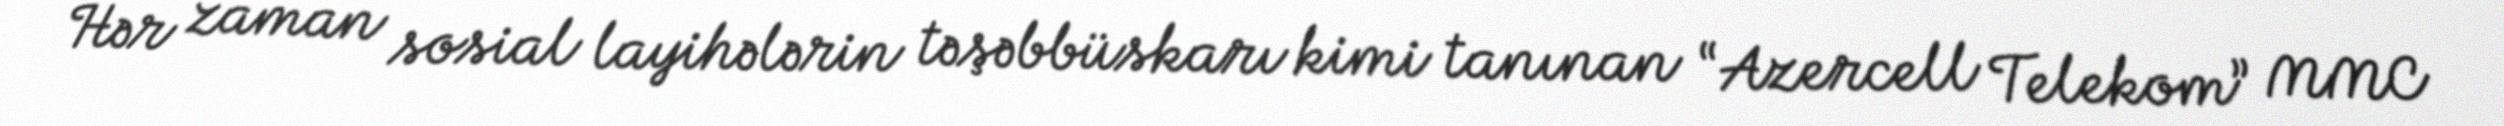
Hər zaman sosial layihələrin təşəbbüskarı kimi tanınan “Azercell Telekom” MMC